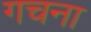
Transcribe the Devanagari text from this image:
गचना